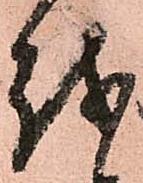
越